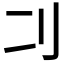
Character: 𠚧